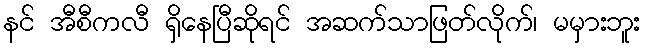
နင် အီစီကလီ ရှိနေပြီဆိုရင် အဆက်သာဖြတ်လိုက်၊ မမှားဘူး